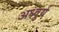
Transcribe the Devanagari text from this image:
अध्वुर्य